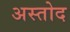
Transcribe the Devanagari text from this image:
अस्तोद